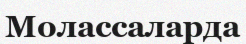
Молассаларда